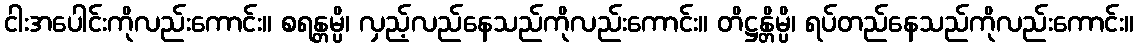
ငါးအပေါင်းကိုလည်းကောင်း။ စရန္တမ္ပိ၊ လှည့်လည်နေသည်ကိုလည်းကောင်း။ တိဋ္ဌန္တိမ္ပိ၊ ရပ်တည်နေသည်ကိုလည်းကောင်း။